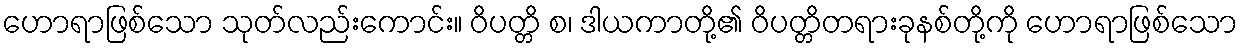
ဟောရာဖြစ်သော သုတ်လည်းကောင်း။ ဝိပတ္တိ စ၊ ဒါယကာတို့၏ ဝိပတ္တိတရားခုနစ်တို့ကို ဟောရာဖြစ်သော